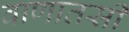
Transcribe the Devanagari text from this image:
वाणातसी